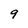
Character: 9